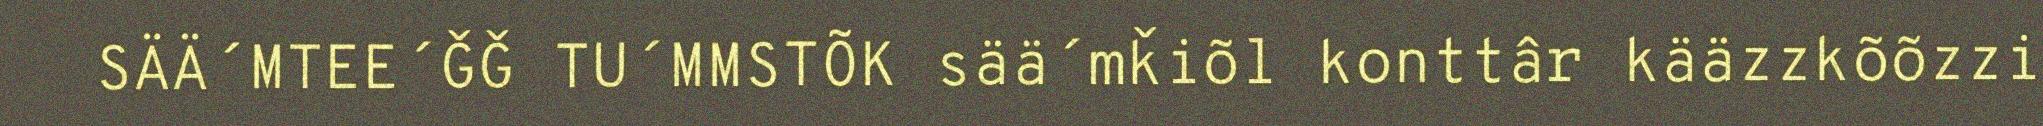
SÄÄ´MTEE´ǦǦ TU´MMSTÕK sää´mǩiõl konttâr kääzzkõõzzi